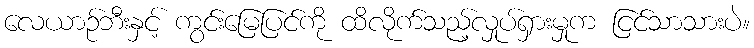
လေယာဉ်ဘီးနှင့် ကွင်းမြေပြင်ကို ထိလိုက်သည့်လှုပ်ရှားမှုက ငြင်သာသားပဲ။